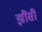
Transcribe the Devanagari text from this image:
झौंसी